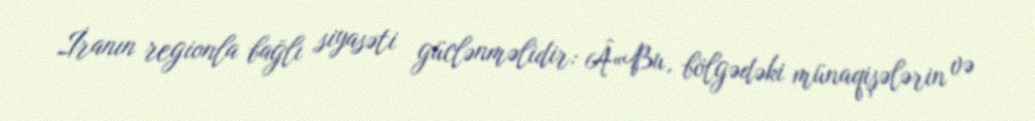
İranın regionla bağlı siyasəti güclənməlidir: Â«Bu, bölgədəki münaqişələrin və